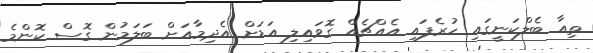
ތިއާ ބެލްކަނީގައި ހުރެފައި އެއްޗެއް ގޮވައިލި އަޑަށް އެދިމާއަށް ބަލަމުން ގޮސް ކޮންމެ